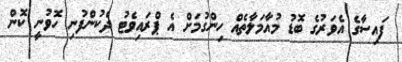
ފައިސާގެ އެވަރުގެ ބޮޑު މުއާމަލާތެއް ހިންގުމަށް އެ ޕްރައިވެޓު ދެކުންފުނި ހޮވުނީ ކޮން